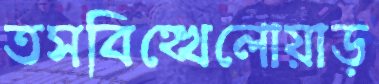
তসবিহ্খেলোয়াড়